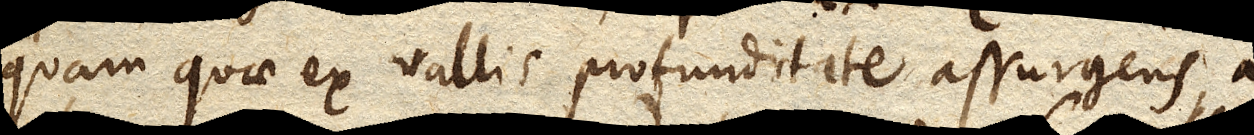
quam quae ex vallis profunditate assurgens, a